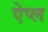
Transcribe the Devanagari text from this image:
ऐप्ल